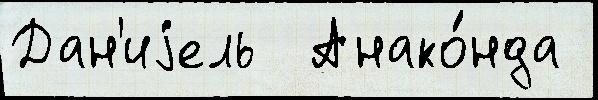
Дан'иjель  Анако́нда